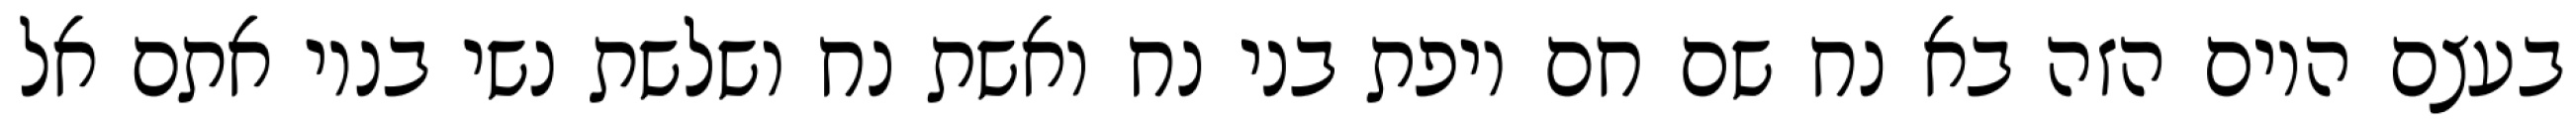
בעצם היום הזה בא נח שם חם ויפת בני נח ואשת נח ושלשת נשי בניו אתם אל